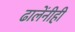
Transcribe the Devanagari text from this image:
ढालेंनीही